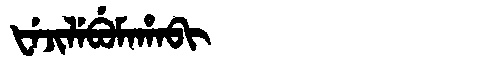
Manchu: ᡶᡝᠵᡳᠯᡝᠪᡠᠮᠠᡥᠠᠪᡳ
Romanization: FEJILEBUMAHABI